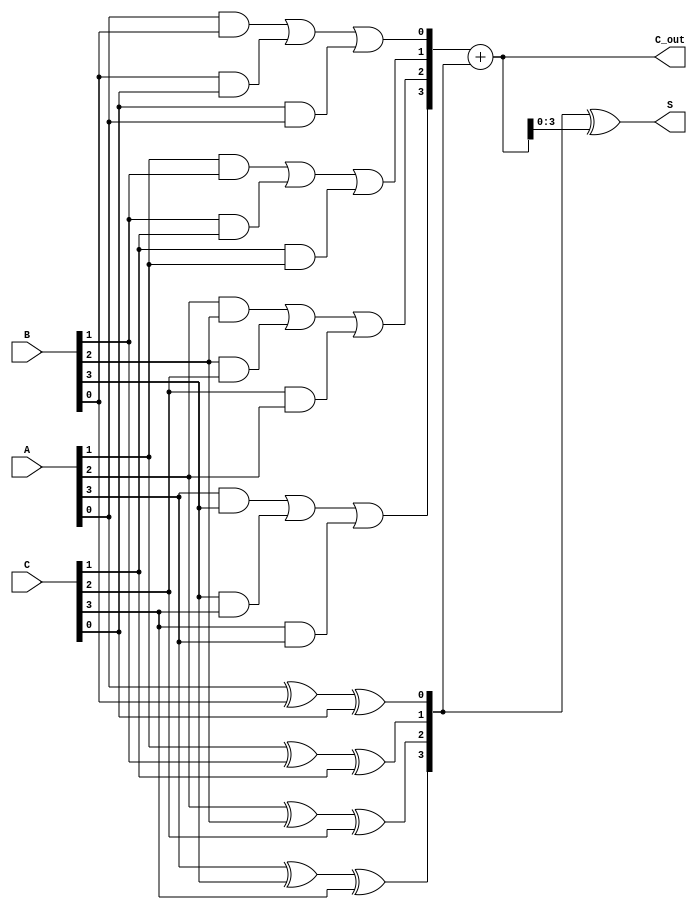
module carry_save_adder #(parameter N = 4) (
    input  [N-1:0] A,  // First input
    input  [N-1:0] B,  // Second input
    input  [N-1:0] C,  // Third input
    output [N-1:0] S,  // Sum output
    output [N:0] C_out // Carry output (N+1 bits to accommodate carry)
);

// Internal wires for sum and carry outputs of the full adders
wire [N-1:0] sum;
wire [N-1:0] carry;

// Full adder for each bit
genvar i;
generate
    for (i = 0; i < N; i = i + 1) begin : full_adder
        // Full adder logic
        assign sum[i] = A[i] ^ B[i] ^ C[i]; // Sum output
        assign carry[i] = (A[i] & B[i]) | (B[i] & C[i]) | (C[i] & A[i]); // Carry output
    end
endgenerate

// Final carry output (N+1 bits)
assign C_out = {1'b0, carry} + {1'b0, sum}; // Combine carry and sum for final carry output

// Final sum output
assign S = sum ^ C_out[N-1:0]; // Final sum after adding carry

endmodule